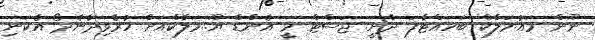
ނޫން މައު.މަލާކް ބަހައްޓާފަ ދާނީ. ޖަސްޓް މީ އެންޑް ޔޫ..މަލާކްއަށް ހުރެވިދާނެދޯ އެކަނި